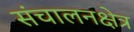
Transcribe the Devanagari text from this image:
संचालनक्षेत्र